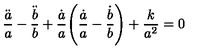
\frac { \ddot { a } } { a } - \frac { \ddot { b } } { b } + \frac { \dot { a } } { a } \Bigg ( \frac { \dot { a } } { a } - \frac { \dot { b } } { b } \Bigg ) + \frac { k } { a ^ { 2 } } = 0